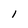
Character: 1